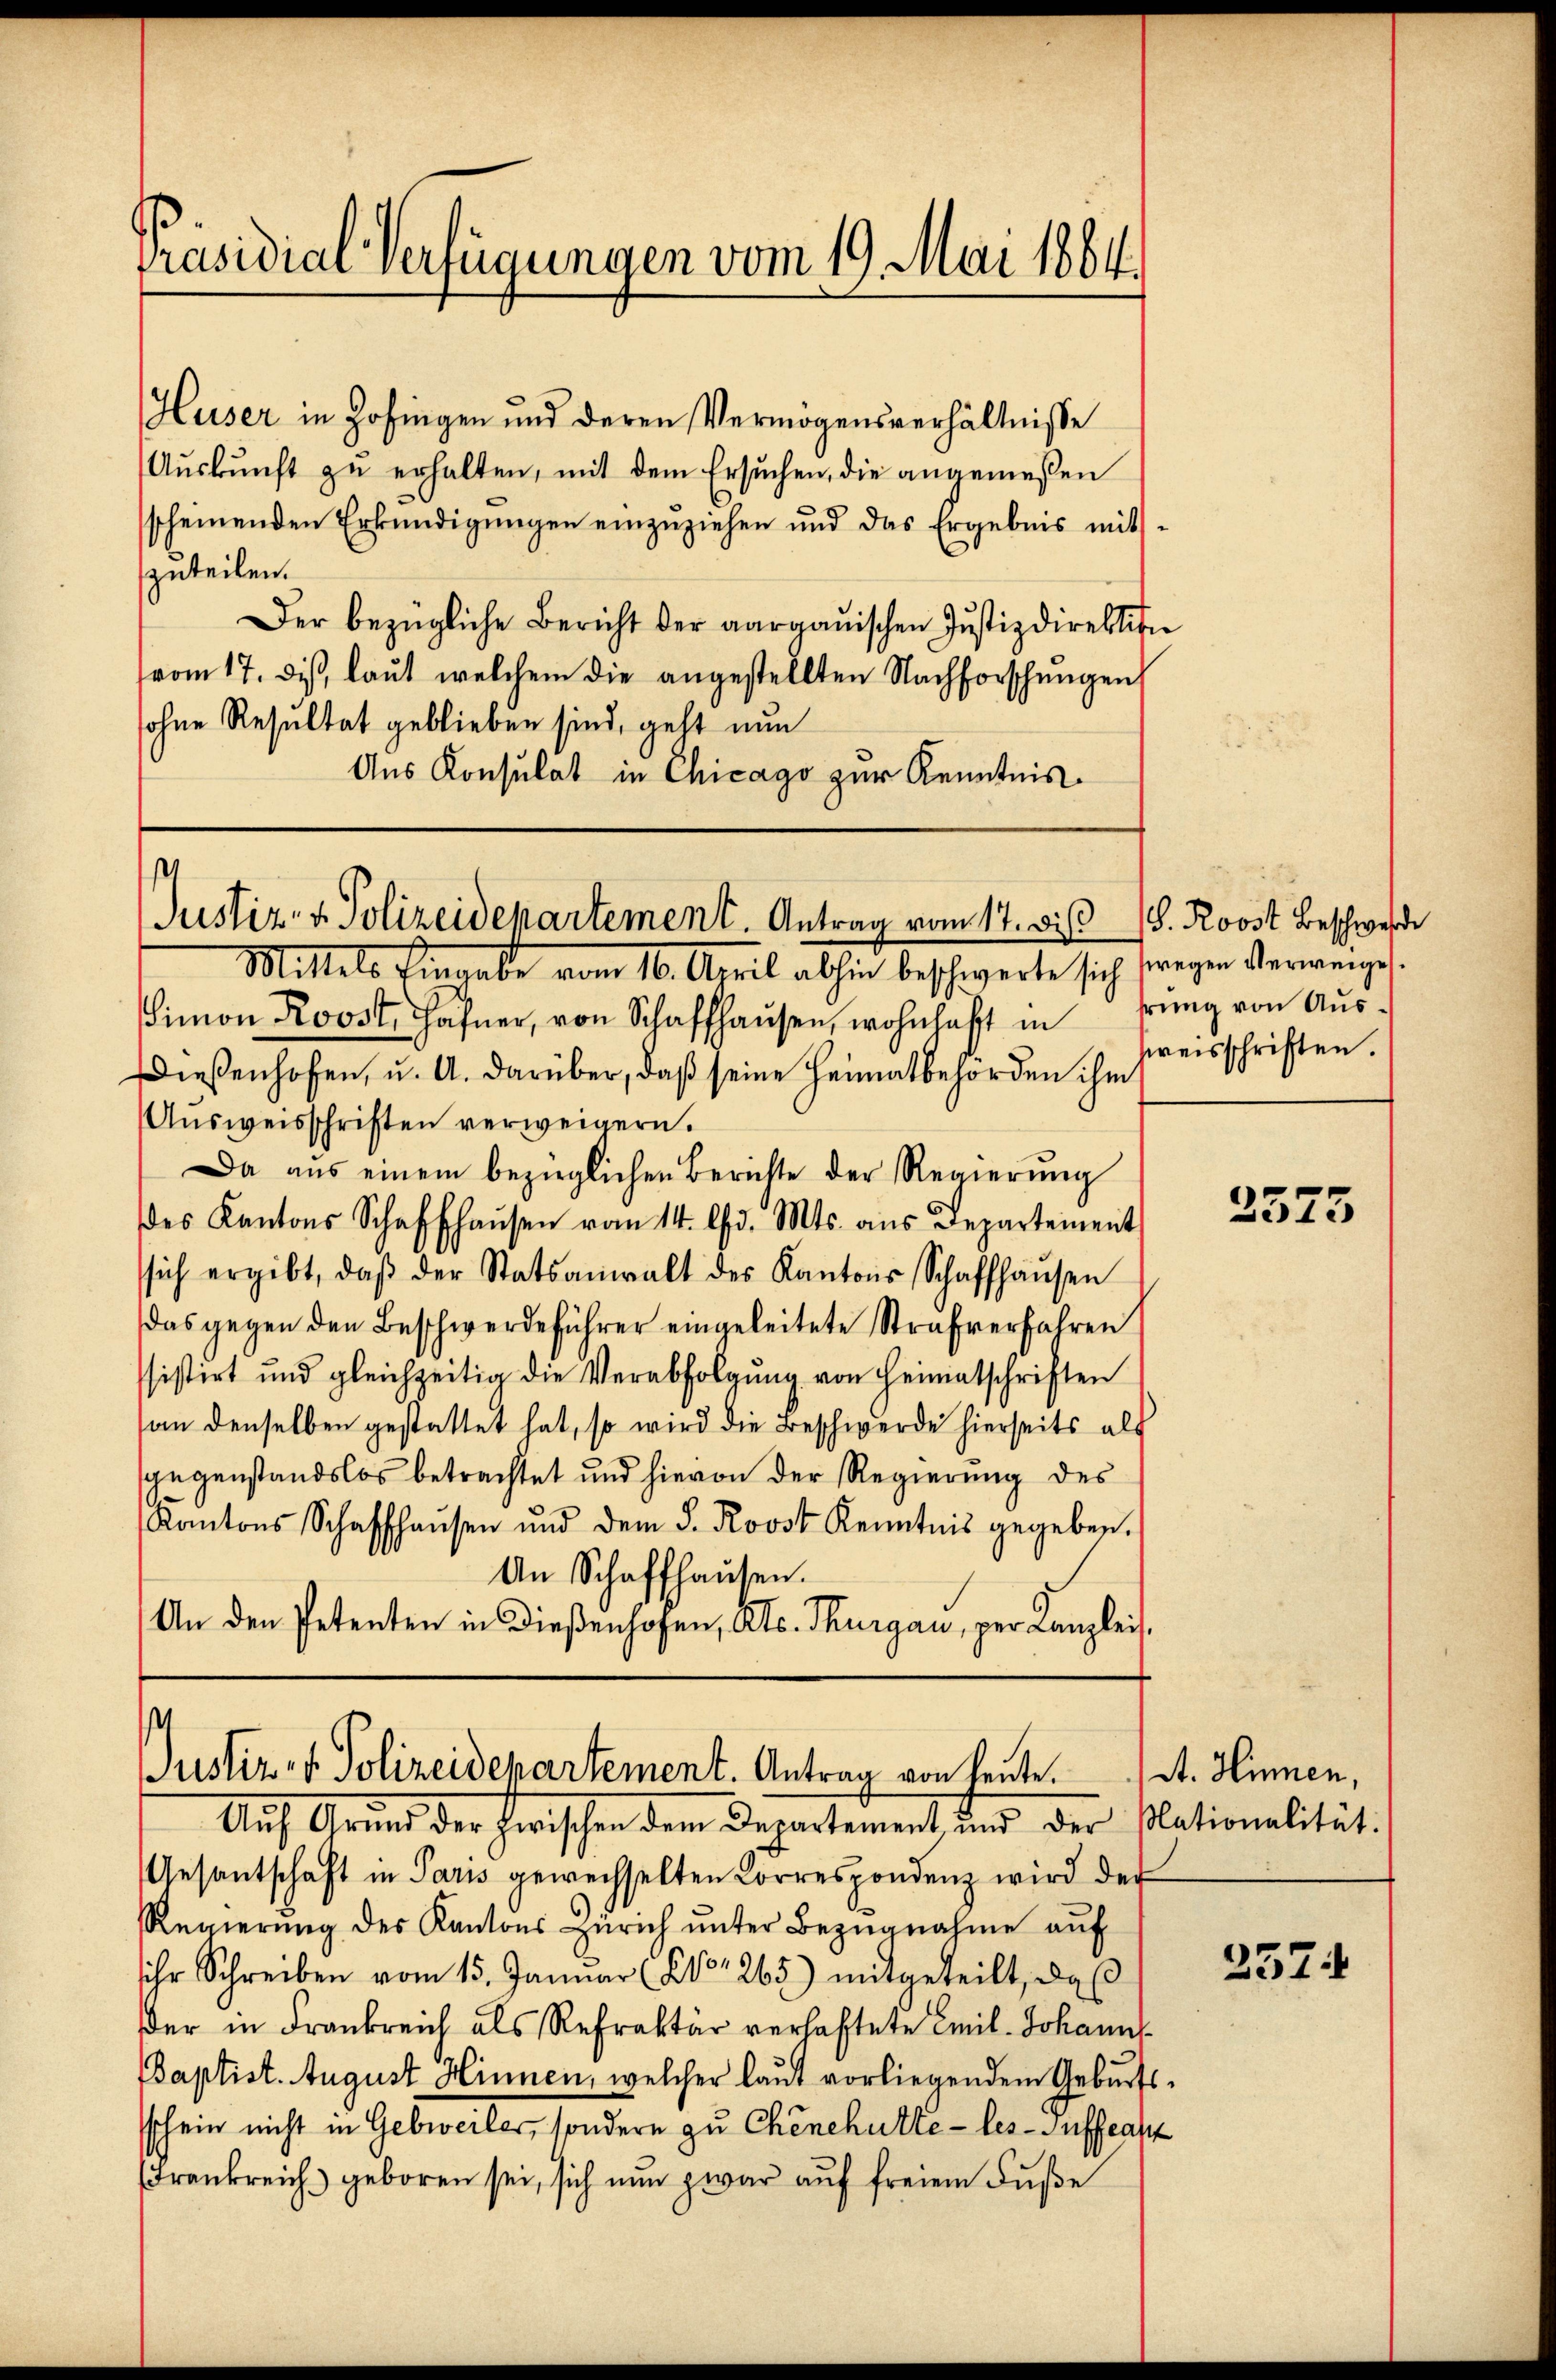
Präsidial-Verfügungen vom 19. Mai 1864.

Huser in Zofingen und deren Vermögensverhältnisse
Aŭskŭnft zŭ erhalten, mit dem Ersŭchen, die angemeßen
scheinenden Erkŭndigŭngen einzŭziehen und das Ergebnis mit-
zuteilen.
Der bezügliche Bericht der aargauischen Justizdirektion
vom 17. dis, laut welchem die angestellten Nachforschungen
sohne Resultat geblieben sind, geht nun
Aus Konsulat in Chicago zur Kenntnis¬

Mittels Eingabe vom 16. April abhin beschwerte sich swegen Verweiges.
Simon Roost, Hafner, von Schaffhaŭsen, wohnhaft in Brŭng von Aŭs-
Dießenhofen, u. A. darüber, daß seine Heimatbehörden ihm
Aŭsweisschriften verweigern.
Da aŭs einem bezüglichen Berichte der Regierŭng
des Kantons Schaffhaŭsen vom 14. d. Mts. aŭs Departement
ssich ergibt, daβ der Statsanwalt des Kantons Schaffhaŭsen
das gegen den Beschwerdeführer eingeleitete Strafverfahren
sistirt und gleichzeitig die Verabfolgung von Heimatschriften
(an denselben gestattet hat, so wird die Beschwerde hierseits als
sgegenstandslos betrachtet und hievon der Regierung des
Kantons Schaffhaŭsen und dem S. Roost Kenntnis gegeben.
An Schaffhausen.
An den Petenten in Dießenhofen, Kts. Thurgau, per Kanzleis

s
Justiz- & Polizeidepartement. Antrag vom 17. Diss. Roost beschwerde

Justiz- & Polizeidepartement. Antrag von heute.

preisschriften.

Auf Grŭnd der zwischen dem Departement und der Plationalität.
Gesantschaft in Paris gewechselten Korrespondenz wird der
Regierŭng des Kantons Zürich ŭnter Bezŭgnahme aŭf
ihr Schreiben vom 15. Janŭar (Nr. 265) mitgeteilt, daß
der in Frankreich als Refraktär verlastete Emil Johann
Baptist. August Hinnen, welcher laŭt vorliegendem Geburts-
schein nicht in Gebweiler, sondern zu Chenchütte-les-Sufflanz
Frankreich geboren sei, sich nun zwar auf freiem Fuße

2573

St. Hinnen,

257: